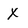
Character: X